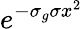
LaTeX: e^{-\sigma_{g}\sigma x^{2}}